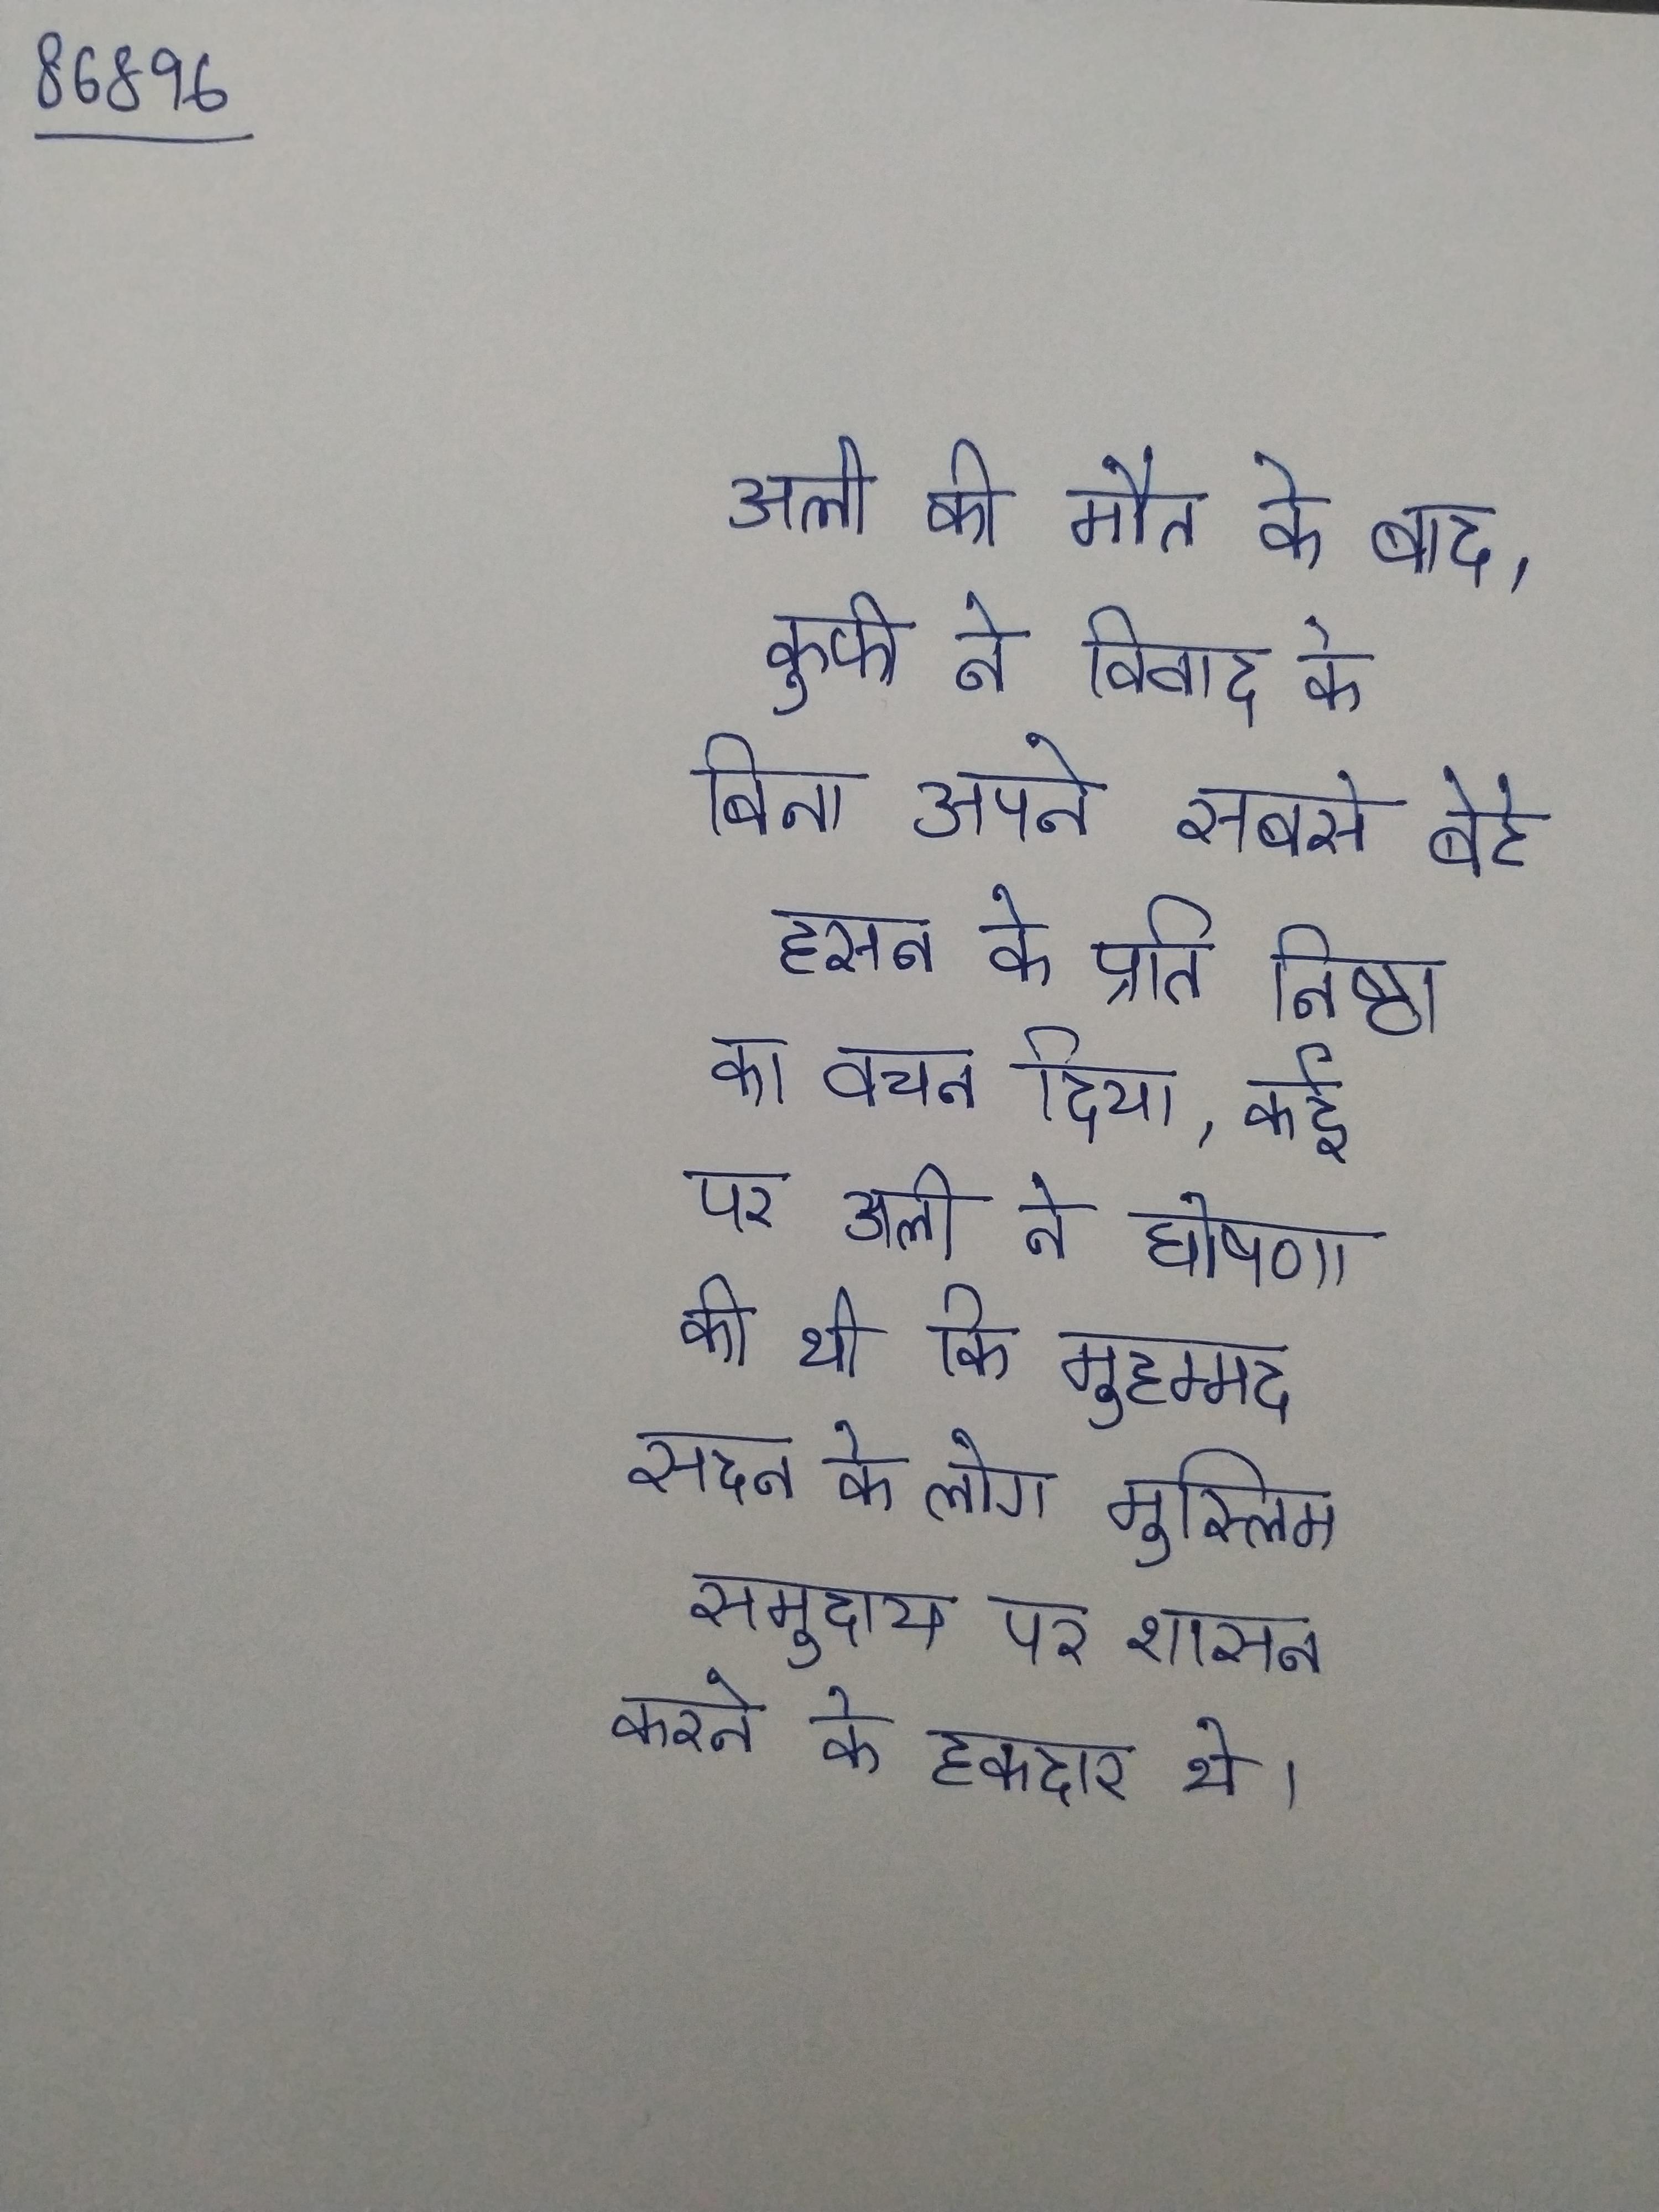
अली की मौत के बाद, कुफी ने विवाद के बिना अपने सबसे बेटे हसन के प्रति निष्ठा का वचन दिया, कई पर अली ने घोषणा की थी कि मुहम्मद सदन के लोग मुस्लिम समुदाय पर शासन करने के हकदार थे ।